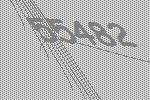
55482